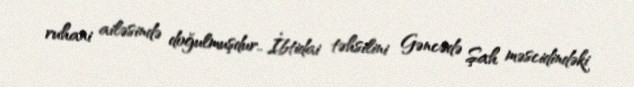
ruhani ailəsində doğulmuşdur.. İbtidai təhsilini Gəncədə Şah məscidindəki